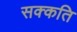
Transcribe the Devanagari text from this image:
सक्कति